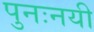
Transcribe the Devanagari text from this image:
पुनःनयी